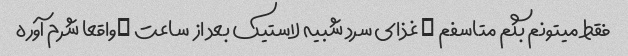
فقط میتونم بگم متاسفم … غذای سرد شبیه لاستیک بعد از  ساعت …واقعا شرم آوره